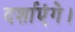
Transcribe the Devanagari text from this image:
दर्शाएंगे।